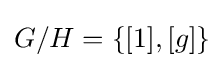
G/H=\{[1],[g]\}